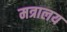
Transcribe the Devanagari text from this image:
मत्रालय